Scottish Leaving Certificate Examination, 1956
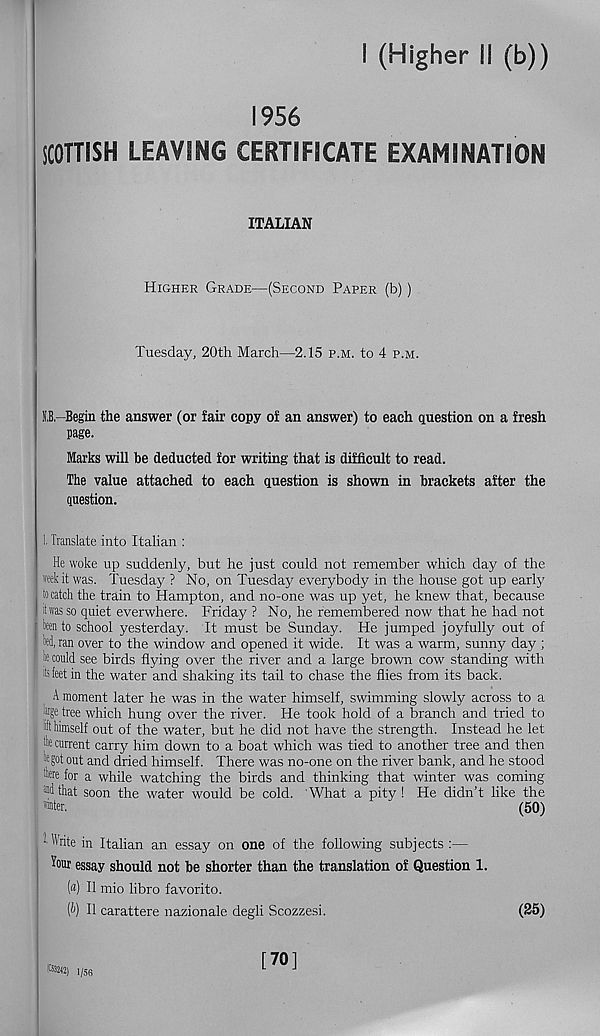
I (Higher il (b))
1956
SCOTTISH LEAVING CERTIFICATE EXAMINATION
ITALIAN
Higher Grade—(Second Paper (b))
Tuesday, 20th March—2.15 p.m. to 4 p.m.
K.B,—Begin the answer (or lair copy of an answer) to each question on a fresh
page.
Marks will be deducted for writing that is difficult to read.
The value attached to each question is shown in brackets after the
question.
1. Translate into Italian :
He woke up suddenly, but he just could not remember which day of the
week it was. Tuesday ? No, on Tuesday everybody in the house got up early
j to catch the train to Hampton, and no-one was up yet, he knew that, because
| it was so quiet everwhere. Friday ? No, he remembered now that he had not
: ken to school yesterday. It must be Sunday. He jumped joyfully out of
kd, ran over to the window and opened it wide. It was a warm, sunny day ;
I k could see birds flying over the river and a large brown cow standing with
| : k feet in the water and shaking its tail to chase the flies from its back.
A moment later he was in the water himself, swimming slowly across to a
kge tree which hung over the river. He took hold of a branch and tried to
tt himself out of the water, but he did not have the strength. Instead he let
'k current carry him down to a boat which was tied to another tree and then
k got out and dried himself. There was no-one on the river bank, and he stood
kre for a while watching the birds and thinking that winter was coming
“Hhat soon the water would be cold. 'What a pity! He didn’t like the
inter.
(50)
-Write in Italian an essay on one of the following subjects :—
essay should not be shorter than the translation of Question 1.
(«) II mio libro favorito.
(b) II carattere nazionale degli Scozzesi.
(25)
B3242) 1/56
[70]